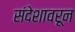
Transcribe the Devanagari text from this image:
संदेशावरून